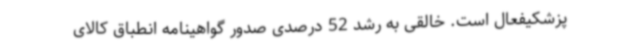
پزشکیفعال است. خالقی به رشد 52 درصدی صدور گواهینامه انطباق کالای